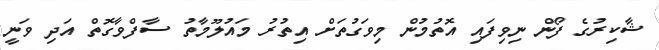
ޝާކިރުގެ ފޯން ނިވިފައި އޮތުމުން މިވަގުތަށް އިތުރު މައުލޫމާތު ސާފްވާގޮތް އަދި ވަނީ